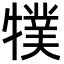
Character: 㹒